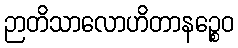
ဉာတိသာလောဟိတာနဉ္စေဝ